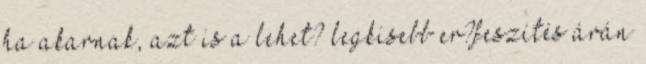
ha akarnak, azt is a lehet? legkisebb er?feszítés árán